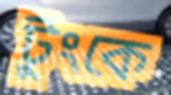
টুংকে